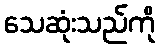
သေဆုံးသည်ကို